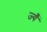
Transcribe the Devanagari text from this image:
ज्यँ